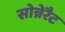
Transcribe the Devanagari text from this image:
सोन्नेरैट